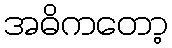
အဓိကတော့